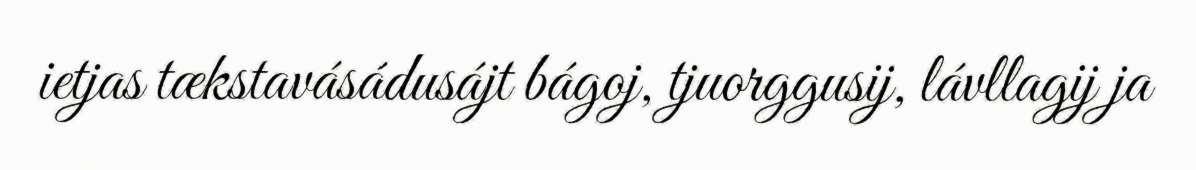
ietjas tækstavásádusájt bágoj, tjuorggusij, lávllagij ja